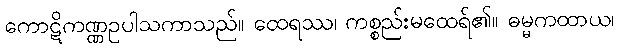
ကောဋိကဏ္ဏဥပါသကာသည်။ ထေရဿ၊ ကစ္စည်းမထေရ်၏။ ဓမ္မကထာယ၊